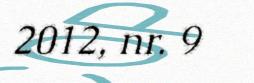
2012, nr. 9